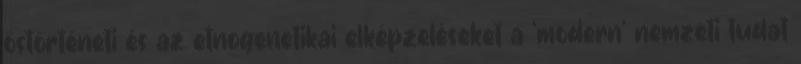
őstörténeti és az etnogenetikai elképzeléseket a ‘modern’ nemzeti tudat